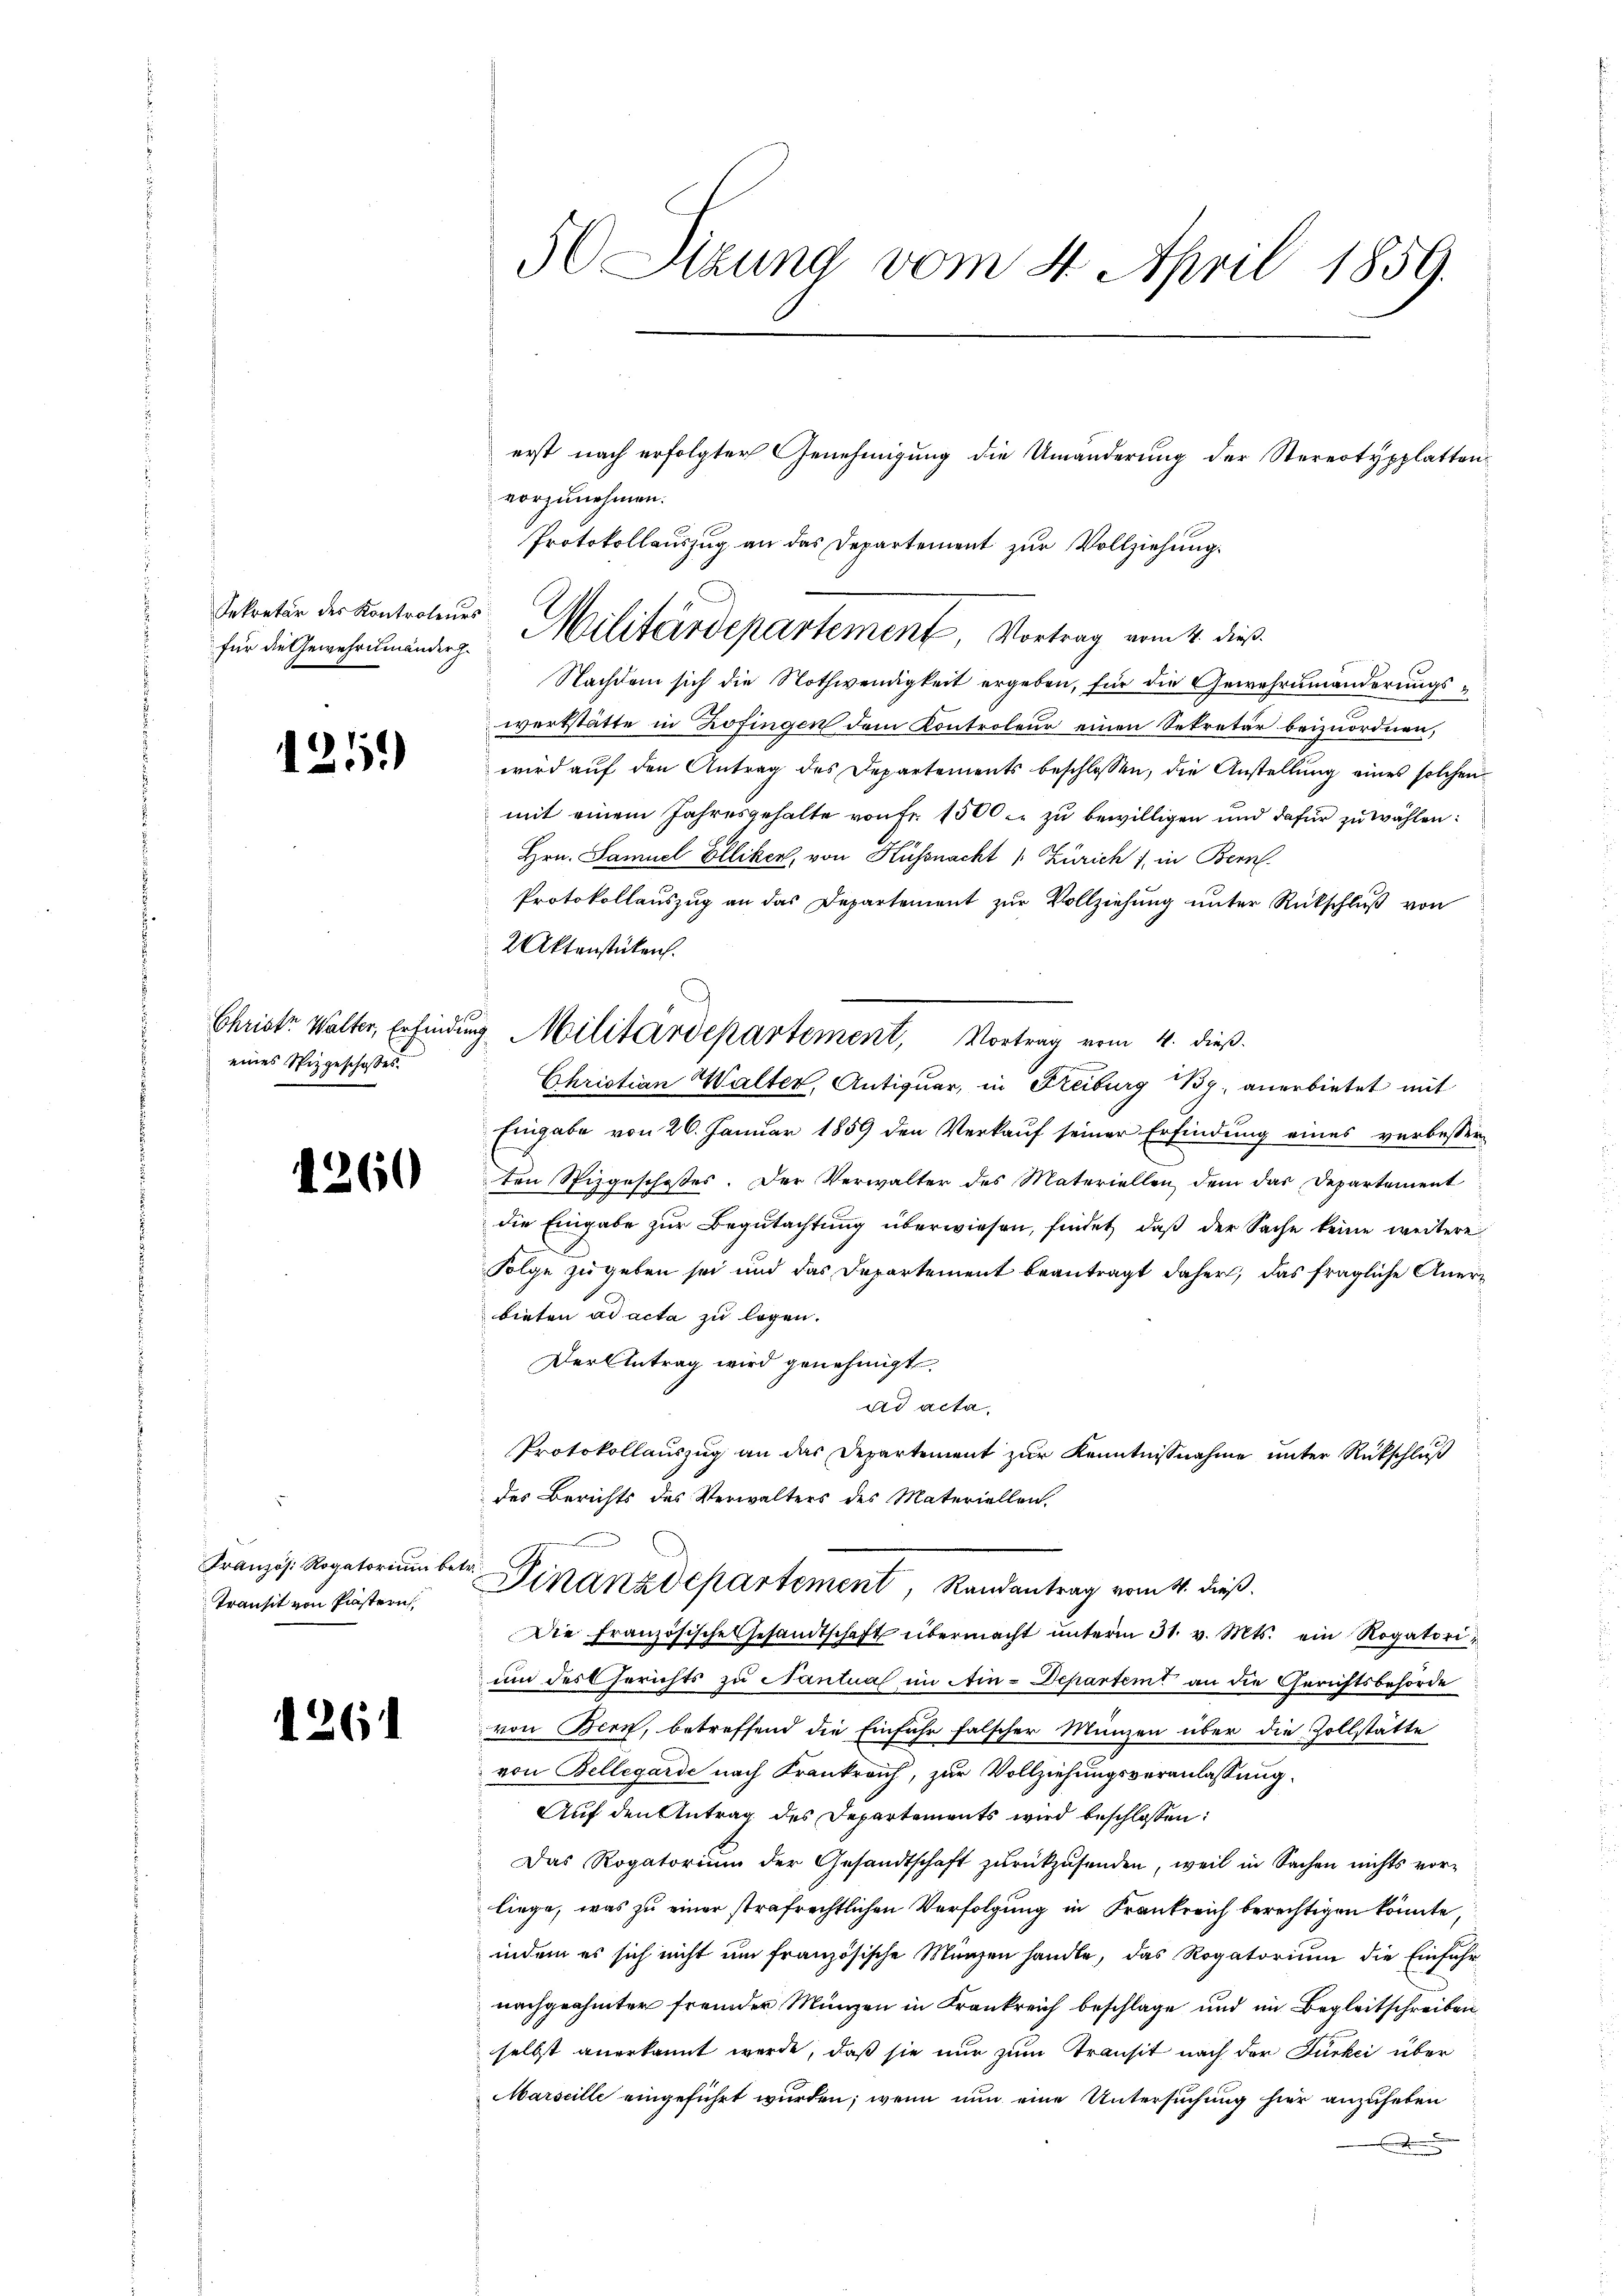
Sekretär des Kontroleurs

1251)

eines Spizgeschaftes.

.

1261

260

Französ. Rogatorium be¬
Transit von Plastern,

5 Sitzung vom 4. April 1859.

vorzunehmen.
Protokollauszug an das Departement zur Vollziehung.
Nachdem sich die Nothwendigkeit ergeben, für die Gewehrumänderungswerkstätte in Zofingen dem Kontroleur einen Sekretär beizuordnen,
wird auf den Antrag des Departements beschlossen, die Anstellung eines solchen
mit einem Jahresgehalte von Fr. 1500. zu bewilligen und dafür zu wählen:
Hrn. Samuel Elliken, von Küssnacht " Zürich 1, in Bern.
Protokollauszug an das Departement zur Vollziehung unter Rückschluß von
2 Aktenstücken.
Christian Walter, Antiquar, in Freiburg By, anerbietet mit
Eingabe von 26. Januar 1859 den Verkaŭf seiner Erfindung eines verbesser
ten Spizgeschosses. Der Verwalter des Materiellen dem das Departement
die Eingabe zur Begutachtung überwiesen, findet, daß der Sache keine weitere
Folge zu geben sei und das Departement beantragt daher, das fragliche Anerbieten ad acta zu legen.
Der Antrag wird genehmigt.
ad acta
Protokollauszug an das Departement zur Kenntnißnahme unter Rückschluß
des Berichts des Verwalters des Materiellen.
ke
Finanzdepartement, Randantrag vom 4. dieß.
Die Französische Gesandtschaft übermacht ŭnterm 31. v. Mts. ein Rogatorium der Gerichts zu Santua im Ain-Departem an die Gerichtsbehörde
von Bern, betreffend die Einfuhr falscher Münzen über die Zollstätte
von Bellegarde nach Krankreich, zur Vollziehungsveranlassung.
Auf den Antrag des Departements wird beschlossen:
Das Rogatoriŭm der Gesandtschaft zŭrückzŭsenden, weil in Sachen nichts vor-
liege, was zu einer strafrechtlichen Verfolgung in Frankreich berechtigen könnte,
indem es sich nicht um französische Münzen handle, das Rogatorium die Einfuhrnachgeahnter fremder Münzen in Frankreich beschlage und im Begleitschreiben
selbst anerkannt werde, daß sie nur zum Transit nach der Furkei über
Marseille eingeführt wurden; wenn nun eine Untersuchung hier anzuheben
d

für die Gewehrendung. Militärdepartement, Vortrag vom 4. dies

Christe Walter, Erfindung Militärdepartement, Vortrag vom 4. dieß.

erst nach erfolgter Genehmigung die Umänderung der Stereotypplatten¬